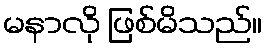
မနာလို ဖြစ်မိသည်။